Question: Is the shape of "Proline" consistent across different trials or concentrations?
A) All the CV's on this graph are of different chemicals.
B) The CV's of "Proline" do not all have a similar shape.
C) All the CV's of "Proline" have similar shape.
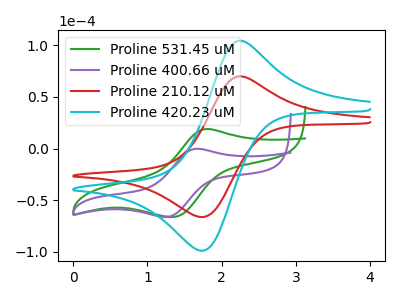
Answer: <think>The green curve "Proline 531.45 uM" has an anodic peak at (1.80V, 19.00uA) and a cathodic peak at (1.30V, -66.20uA). The purple curve "Proline 400.66 uM" has an anodic peak at (1.65V, -0.10uA) and a cathodic peak at (1.25V, -66.15uA). The red curve "Proline 210.12 uM" has an anodic peak at (2.20V, 69.90uA) and a cathodic peak at (1.75V, -66.20uA). The cyan curve "Proline 420.23 uM" has an anodic peak at (2.20V, 104.30uA) and a cathodic peak at (1.75V, -98.80uA).
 "Proline 531.45 uM" and "Proline 400.66 uM" have at least one peak that do not match. "Proline 531.45 uM" and "Proline 210.12 uM" have at least one peak that do not match. "Proline 531.45 uM" and "Proline 420.23 uM" have at least one peak that do not match. "Proline 400.66 uM" and "Proline 210.12 uM" have at least one peak that do not match. "Proline 400.66 uM" and "Proline 420.23 uM" have at least one peak that do not match. All the peaks in "Proline 210.12 uM" have a peak in "Proline 420.23 uM" at the same potential. Every peak in "Proline 210.12 uM" is lower than every peak in "Proline 420.23 uM".</think>
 <answer>C) All the CV's of "Proline" have similar shape.</answer>
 <eval>C</eval>